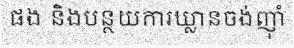
ផង និងបន្ថយការឃ្លានចង់ញ៉ាំ